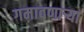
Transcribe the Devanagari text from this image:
गमावणाऱ्या